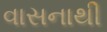
વાસનાથી